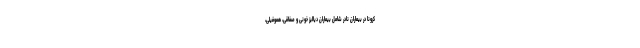
کرونا در بیماران نادر شامل بیماران دیالیز خونی و صفاقی، هموفیلی،